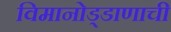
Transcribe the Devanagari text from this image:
विमानोड्डाणाची